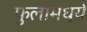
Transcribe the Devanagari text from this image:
फुलामध्ये